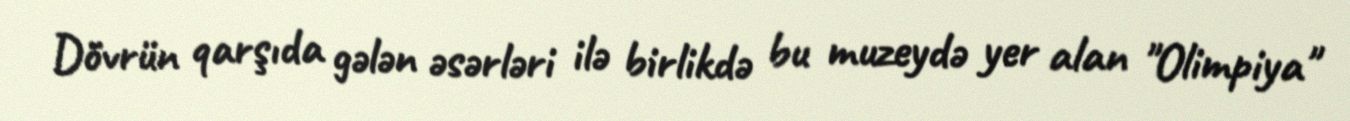
Dövrün qarşıda gələn əsərləri ilə birlikdə bu muzeydə yer alan "Olimpiya"